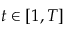
t \in [ 1 , T ]